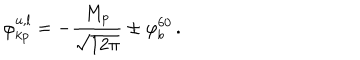
\varphi _ { k p } ^ { u , l } = - \frac { M _ { p } } { \sqrt { 1 2 \pi } } \pm \varphi _ { b } ^ { 6 0 } \, .